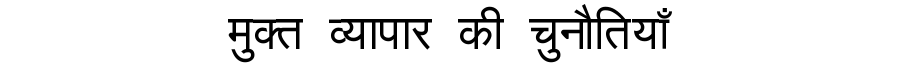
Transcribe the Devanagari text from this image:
मुक्त व्यापार की चुनौतियाँ